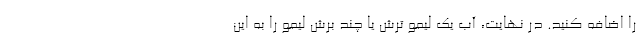
را اضافه کنید. در نهایت، آب یک لیمو ترش یا چند برش لیمو را به این